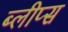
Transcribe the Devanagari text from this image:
ब्लीप्स